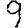
Digit: 9